Vaccination in the Punjab 1919-1929 - 1919-1929
Year: 1919
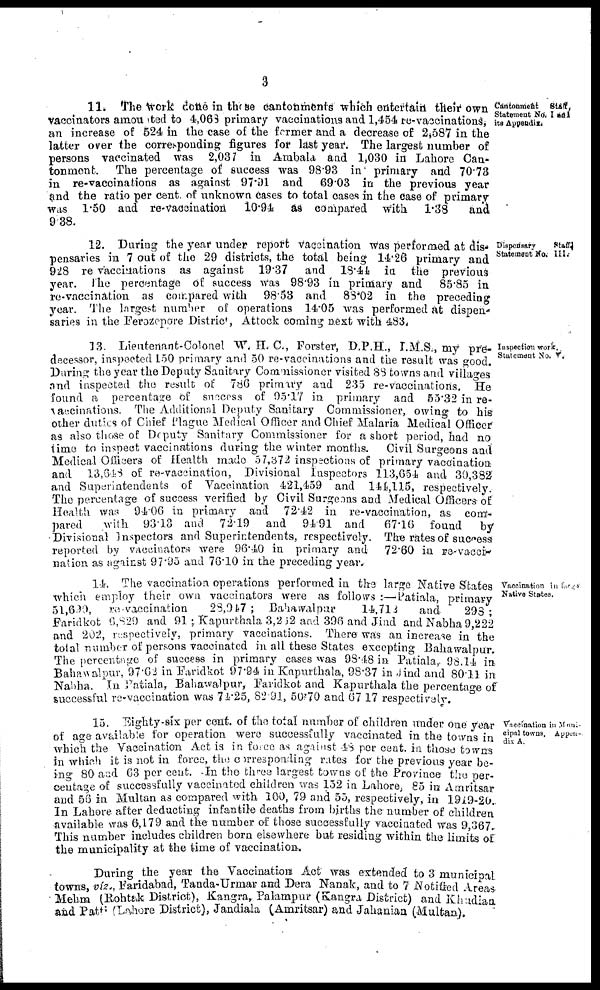
3
Cantonment
Staff,
Statement No. I and
its Appendix.
11. The work done in those cantonments which entertain their own
vaccinators amounted to 4,068 primary vaccinations and 1,454 re-vaccinations,
an increase of 524 in the case of the former and a decrease of 2,587 in the
latter over the corresponding figures for last year. The largest number of
persons vaccinated was 2,037 in Ambala and 1,030 in Lahore Can-
tonment. The percentage of success was 98.93 in primary and 70.73
in re-vaccinations as against 97.91 and 69.03 in the previous year
and the ratio per cent of unknown cases to total cases in the case of primary
was 1.50 and re-vaccination
10.94 as compared with 1.38
and
9.38.
Dispensary
Staff
Statement No. III.
12. During the year under report vaccination was performed at dis-
pensaries in 7 out of the 29 districts, the total being 14.26 primary and
928 re-vaccinations as against 19.37 and 18.44 in the previous
year. The percentage of success was 98.93 in primary and
85.85 in
re-vaccination as compared with 98.53 and 88.02 in the preceding
year. The largest number of operations 14.05 was performed at dispen-
saries in the Ferozepore District, Attock coming next with 483.
Inspection work
Statement No. V.
13. Lieutenant-Colonel W. H. C., Forster, D.P.H., I.M.S., my pre-
decessor, inspected 150 primary and 50 re-vaccinations and the result was good.
During the year the Deputy Sanitary Commissioner visited 88 towns and villages
and inspected the result of 786 primary and 235 re-vaccinations. He
found a percentage of success of 95.17 in primary and 55.32 in re-
vaccinations. The Additional Deputy Sanitary Commissioner, owing to his
other duties of Chief Plague Medical Officer and Chief Malaria Medical Officer
as also those of Deputy Sanitary Commissioner for a short period, had no
time to inspect vaccinations during the winter months. Civil Surgeons and
Medical Officers of Health made 57,372 inspections of primary vaccination
and 13,648 of re-vaccination, Divisional Inspectors 113,654 and 30,382
and Superintendents of Vaccination 421,459 and 144,115, respectively.
The percentage of success verified by Civil Surgeons and Medical Officers of
Health was 94.06 in primary and 72.42 in re-vaccination, as com-
pared
with 93.13 and 72.19 and 94.91 and
67.16 found
by
Divisional Inspectors and Superintendents, respectively. The rates of success
reported by vaccinators were 96.40 in primary and 72.60 in re-vacci-
nation as against 97.95 and 76.10 in the preceding year.
Vaccination in large
Native States.
14. The vaccination operations performed in the large Native States
which employ their own vaccinators were as follows :— Patiala, primary
51,690, re-vaccination 28,947 ; Bahawalpur
14,712
and
298;
Faridkot 6,829 and 91; Kapurthala 3,262 and 396 and Jind and Nabha 9,222
and 202, respectively, primary vaccinations. There was an increase in the
total number of persons vaccinated in all these States excepting Bahawalpur.
The percentage of success in primary cases was 98.48 in Patiala, 98.14 in
Bahawalpur, 97.62 in Faridkot 97.94 in Kapurthala, 98.37 in Jind and 80.11 in
Nabha. In Patiala, Bahawalpur, Faridkot and Kapurthala the percentage of
successful re-vaccination was 74.25, 82.91, 50.70 and 67.17 respectively.
Vaccination in Muni-
cipal towns, Appen-
dix A.
15. Eighty-six per cent. of the total number of children under one year
of age available for operation were successfully vaccinated in the towns in
which the Vaccination Act is in force as against 48 per cent. in those towns
in which it is not in force, the corresponding rates for the previous year be-
ing 80 and 63 per cent. In the three largest towns of the Province the per-
centage of successfully vaccinated children was 152 in Lahore, 85 in Amritsar
and 56 in Multan as compared with 100, 79 and 55, respectively, in 1919-20.
In Lahore after deducting infantile deaths from births the number of children
available was 6,179 and the number of those successfully vaccinated was 9,367.
This number includes children born elsewhere but residing within the limits of
the municipality at the time of vaccination.
During the year the Vaccination Act was extended to 3 municipal
towns, víz., Faridabad, Tanda-Urmar and Dera Nanak, and to 7 Notified Areas
Mehm (Rohtak District), Kangra, Palampur (Kangra District) and Khadian
and Patti (Lahore District), Jandiala (Amritsar) and Jahanian (Multan).